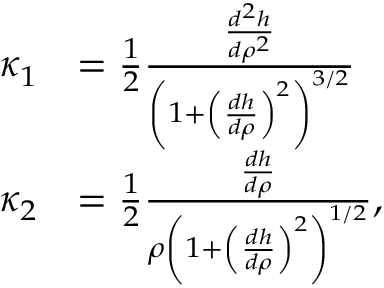
\begin{array} { r l } { \kappa _ { 1 } } & { = \frac { 1 } { 2 } \frac { \frac { d ^ { 2 } h } { d \rho ^ { 2 } } } { \left( 1 + \left( \frac { d h } { d \rho } \right) ^ { 2 } \right) ^ { 3 / 2 } } } \\ { \kappa _ { 2 } } & { = \frac { 1 } { 2 } \frac { \frac { d h } { d \rho } } { \rho \left( 1 + \left( \frac { d h } { d \rho } \right) ^ { 2 } \right) ^ { 1 / 2 } } , } \end{array}